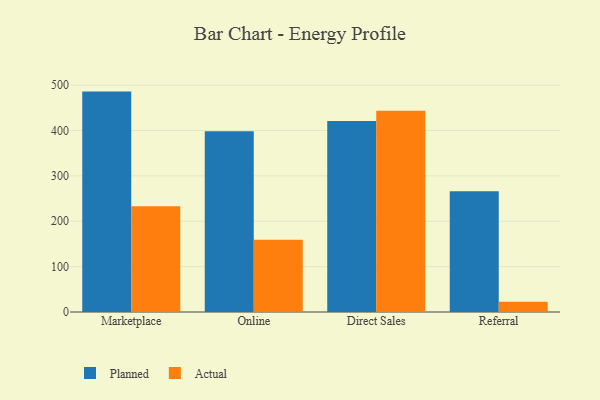
{"axis": {"x": "Channel", "y": "Headcount"}, "legend": ["Actual", "Planned"], "data": [{"x": "Marketplace", "y": 485.8, "type": "Planned"}, {"x": "Marketplace", "y": 232.9, "type": "Actual"}, {"x": "Online", "y": 398.6, "type": "Planned"}, {"x": "Online", "y": 159.5, "type": "Actual"}, {"x": "Direct Sales", "y": 421.2, "type": "Planned"}, {"x": "Direct Sales", "y": 443.6, "type": "Actual"}, {"x": "Referral", "y": 266.4, "type": "Planned"}, {"x": "Referral", "y": 22.4, "type": "Actual"}]}